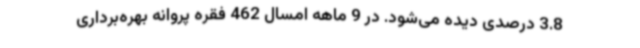
3.8 درصدی دیده می‌شود. در 9 ماهه امسال 462 فقره پروانه بهره‌برداری